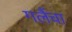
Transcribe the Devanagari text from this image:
गलैंचा